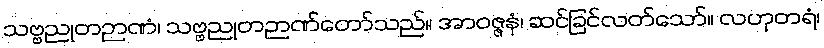
သဗ္ဗညုတဉာဏံ၊ သဗ္ဗညုတဉာဏ်တော်သည်။ အာဝဇ္ဇနံ၊ ဆင်ခြင်လတ်သော်။ လဟုတရံ၊